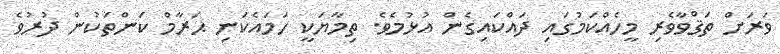
ވަރަށް ތަޤްވާވެރި މީހެއްކަމުގައި ދައްކައިގެން އުޅުމެވެ. ތިމާޔަކީ ހަމައެކަނި ޙަރާމް ކަންތަކުން ދުރުވެ